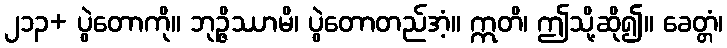
၂၁၃+ ပွဲတောကို။ ဘုဉ္ဇိဿာမိ၊ ပွဲတောတည်အံ့။ ဣတိ၊ ဤသို့ဆို၍။ ခေတ္တံ၊